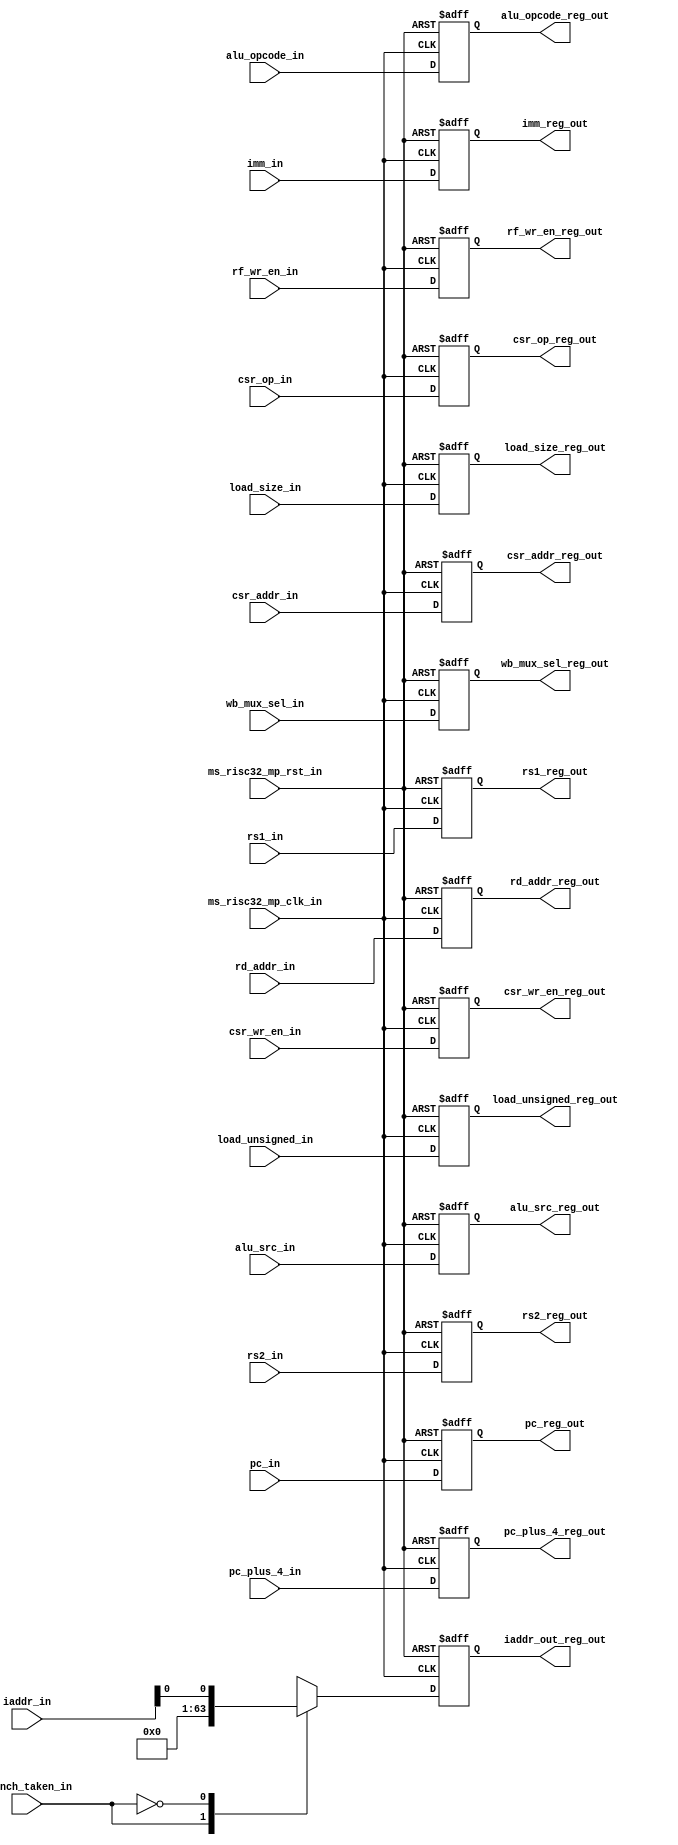
module msrv_32_reg_block_2(input wire  ms_risc32_mp_clk_in,
  input wire  ms_risc32_mp_rst_in,
  input wire[4:0] rd_addr_in,
  input wire[11:0] csr_addr_in,
  input wire signed [31:0] rs1_in,
  input wire signed [31:0] rs2_in,
  input wire[31:0] pc_in,
  input wire[31:0] pc_plus_4_in,
  input wire branch_taken_in,
  input wire[31:0] iaddr_in,
  input wire[3:0]  alu_opcode_in,
  input wire[1:0]  load_size_in,
  input wire load_unsigned_in,
  input wire alu_src_in,
  input wire csr_wr_en_in,
  input wire rf_wr_en_in,
  input wire [2:0]  wb_mux_sel_in,
  input wire [2:0]  csr_op_in,
  input wire signed [31:0] imm_in,
  
  output reg[4:0] rd_addr_reg_out,
  output reg[11:0] csr_addr_reg_out,
  output reg signed [31:0] rs1_reg_out,
  output reg[31:0] rs2_reg_out,
  output reg[31:0] pc_reg_out,
  output reg[31:0] pc_plus_4_reg_out,
  
  output reg[31:0] iaddr_out_reg_out,
  output reg[3:0]  alu_opcode_reg_out,
  output reg[1:0]  load_size_reg_out,
  output reg load_unsigned_reg_out,
  output reg alu_src_reg_out,
  output reg csr_wr_en_reg_out,
  output reg rf_wr_en_reg_out,
  output reg [2:0]  wb_mux_sel_reg_out,
  output reg [2:0]  csr_op_reg_out,
  output reg [31:0] imm_reg_out
  );

always @(posedge ms_risc32_mp_clk_in or posedge ms_risc32_mp_rst_in ) begin
if (ms_risc32_mp_rst_in) begin
        rd_addr_reg_out   <= 0;
        csr_addr_reg_out  <= 0;
        rs1_reg_out       <= 0;
        rs2_reg_out	  <= 0;
        pc_reg_out	  <= 0;
        pc_plus_4_reg_out <= 0;
  
        iaddr_out_reg_out <= 0;
        alu_opcode_reg_out<= 0;
        load_size_reg_out <= 0;
        load_unsigned_reg_out<=0;
        alu_src_reg_out   <= 0;
        csr_wr_en_reg_out <= 0;
        rf_wr_en_reg_out  <= 0;
        wb_mux_sel_reg_out<= 0;
   	csr_op_reg_out    <= 0;
	imm_reg_out       <= 0;
end

else begin  
	rd_addr_reg_out   <= rd_addr_in;
        csr_addr_reg_out  <= csr_addr_in;
        rs1_reg_out       <= rs1_in;
        rs2_reg_out	  <= rs2_in;
        pc_reg_out	  <= pc_in;
        pc_plus_4_reg_out <= pc_plus_4_in;
  
        iaddr_out_reg_out <= iaddr_in;
        alu_opcode_reg_out<= alu_opcode_in;
        load_size_reg_out <= load_size_in;
        load_unsigned_reg_out<=load_unsigned_in;
        alu_src_reg_out   <= alu_src_in;
        csr_wr_en_reg_out <= csr_wr_en_in;
        rf_wr_en_reg_out  <= rf_wr_en_in;
        wb_mux_sel_reg_out<= wb_mux_sel_in;
   	csr_op_reg_out    <= csr_op_in;
	imm_reg_out       <= imm_in;
        case(branch_taken_in)
        1'b1 : iaddr_out_reg_out<=1'b0;
        1'b0 : iaddr_out_reg_out<= iaddr_in[0];
        endcase
end
end 
endmodule